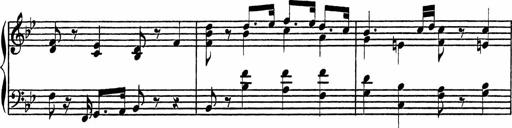
Title: 4 Piano Sonatinas
Composer: Adam Geibel